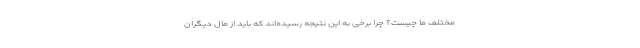
مختلف ما چیست؟ چرا برخی به این نتیجه رسیده‌اند که باید از مال دیگران